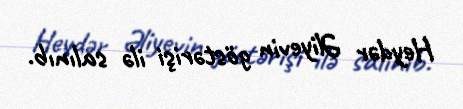
Heydər Əliyevin göstərişi ilə salınıb.